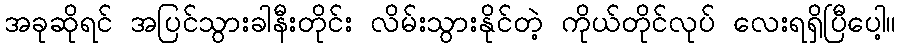
အခုဆိုရင် အပြင်သွားခါနီးတိုင်း လိမ်းသွားနိုင်တဲ့ ကိုယ်တိုင်လုပ် လေးရရှိပြီပေါ့။